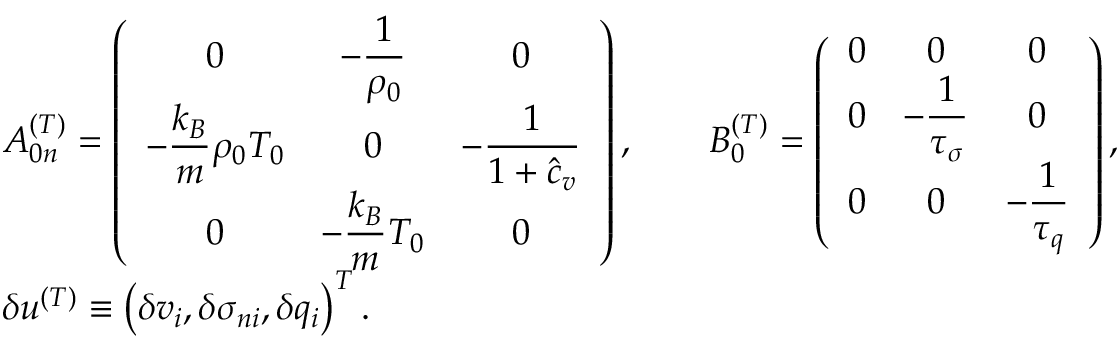
\begin{array} { r l } & { \boldsymbol { A } _ { 0 n } ^ { ( T ) } = \left( \begin{array} { c c c } { 0 } & { \displaystyle - \frac { 1 } { \rho _ { 0 } } } & { 0 } \\ { \displaystyle - \frac { k _ { B } } { m } \rho _ { 0 } T _ { 0 } } & { 0 } & { \displaystyle - \frac { 1 } { 1 + \hat { c } _ { v } } } \\ { 0 } & { \displaystyle - \frac { k _ { B } } { m } T _ { 0 } } & { 0 } \end{array} \right) , \qquad \boldsymbol { B } _ { 0 } ^ { ( T ) } = \left( \begin{array} { c c c } { 0 } & { 0 } & { 0 } \\ { 0 } & { \displaystyle { - \frac { 1 } { \tau _ { \sigma } } } } & { 0 } \\ { 0 } & { 0 } & { \displaystyle { - \frac { 1 } { \tau _ { q } } } } \end{array} \right) , } \\ & { \delta \boldsymbol { u } ^ { ( T ) } \equiv \left( \delta v _ { i } , \delta \sigma _ { n i } , \delta q _ { i } \right) ^ { T } . } \end{array}